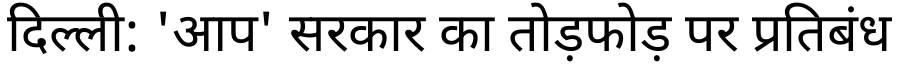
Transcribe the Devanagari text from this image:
दिल्ली: 'आप' सरकार का तोड़फोड़ पर प्रतिबंध